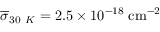
\overline { { \sigma } } _ { 3 0 ~ K } = 2 . 5 \times 1 0 ^ { - 1 8 } \; \mathrm { { c m ^ { - 2 } } }